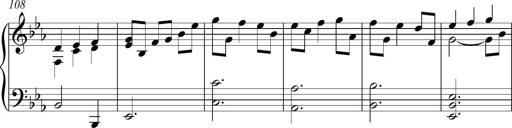
Title: Piano Sonatina in C
Composer: Daniel LÃ©o Simpson
Key: C major